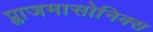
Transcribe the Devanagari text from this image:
प्लाजमासोनिक्स